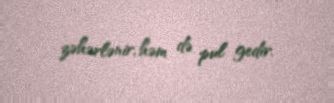
zəhərlənir, həm də pul gedir.